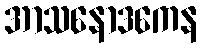
အာသနောဒကေန